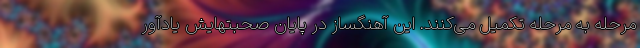
مرحله به مرحله تکمیل می‌کنند. این آهنگساز در پایان صحبتهایش یادآور